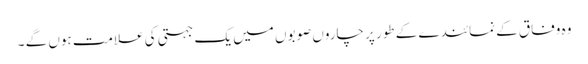
وہ وفاق کے نمائندے کے طور پر چاروں صوبوں میں یک جہتی کی علامت ہوں گے ۔